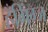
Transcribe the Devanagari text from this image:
हँगिंग्ज